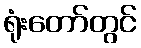
ရုံးတော်တွင်